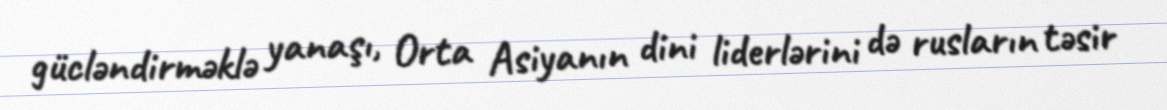
gücləndirməklə yanaşı, Orta Asiyanın dini liderlərini də rusların təsir